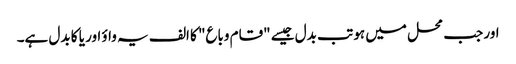
اور جب محل میں ہو تب بدل جیسے "قام وباع" کا الف یہ واؤ اور یا کا بدل ہے۔